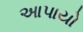
આપાયો